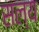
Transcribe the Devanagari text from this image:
सल्य